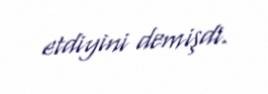
etdiyini demişdi.